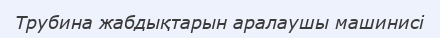
Трубина жабдықтарын аралаушы машинисі